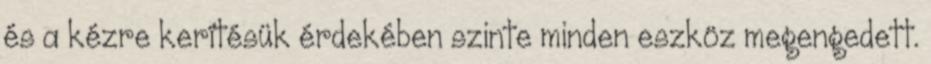
és a kézre kerítésük érdekében szinte minden eszköz megengedett.